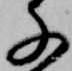
千